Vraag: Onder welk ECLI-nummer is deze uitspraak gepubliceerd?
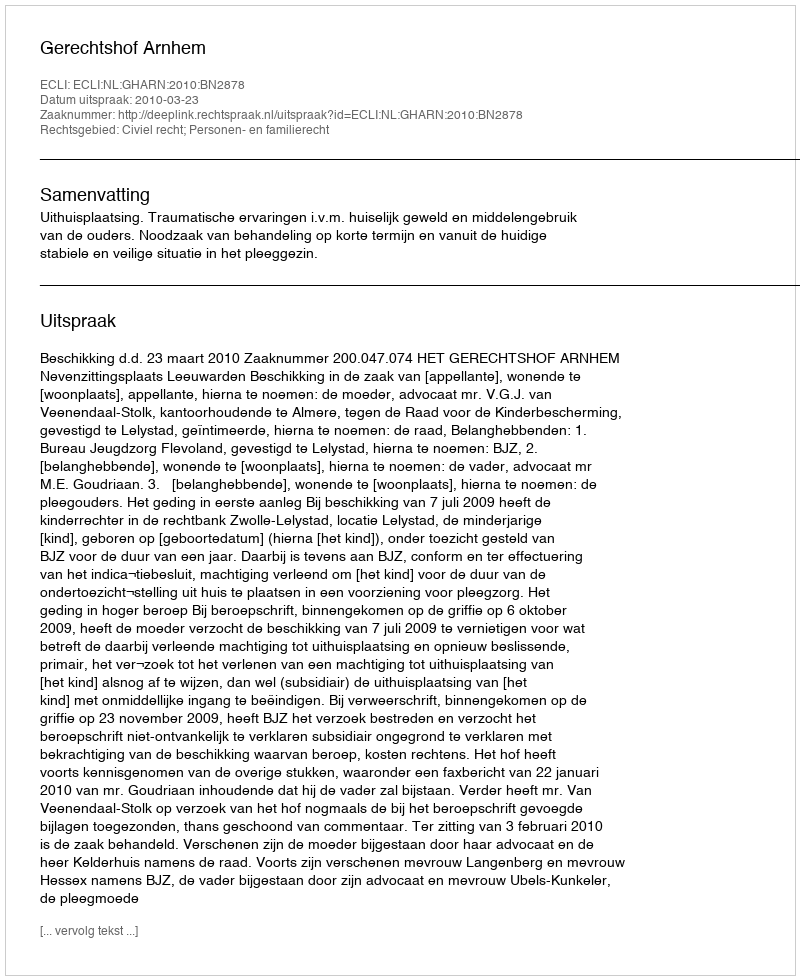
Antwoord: ECLI:NL:GHARN:2010:BN2878